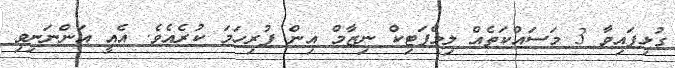
ގުޅިފައިވާ 3 މަސައްކަތެއް ލިމްފަޓިކް ނިޒާމް އިން ފުރިހަމަ ކުރެއެވެ. އެއީ އަންނަނިވި